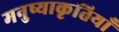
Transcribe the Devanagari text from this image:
मनुष्याकृतियाँ